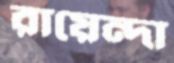
রায়েন্দা